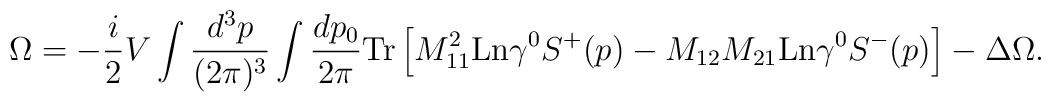
\Omega = -\frac i 2 V \int \frac {d^3 p}{(2\pi)^3} \int\frac{dp_0}{2\pi} \mbox{Tr} \left [M^2_{11} \mbox{Ln} \gamma^0 S^+(p) -M_{12}M_{21} \mbox{Ln} \gamma^0 S^-(p) \right ] - \Delta\Omega.